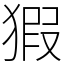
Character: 猳